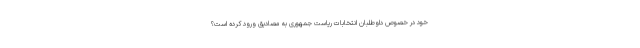
خود در خصوص داوطلبان انتخابات ریاست جمهوری به مصادیق ورود کرده است؟